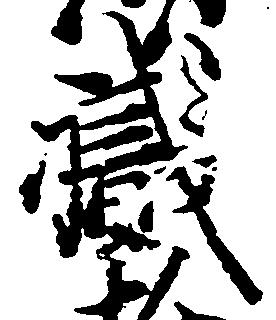
職